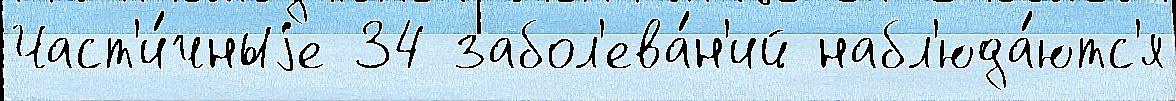
Част'и́чныjе 34 забол'ева́н'ий набл'юда́ютс'я